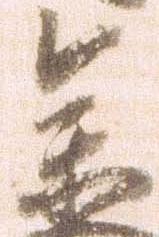
参